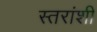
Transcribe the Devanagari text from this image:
स्तरांशी